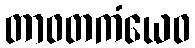
တာဝတကံယေဝ